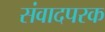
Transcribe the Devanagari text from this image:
संवादपरक